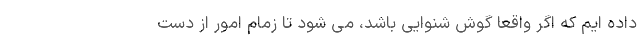
داده ایم که اگر واقعاً گوش شنوایی باشد، می شود تا زمام امور از دست